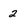
Character: 2